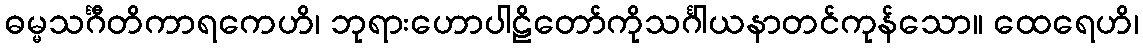
ဓမ္မသင်္ဂီတိကာရကေဟိ၊ ဘုရားဟောပါဠိတော်ကိုသင်္ဂါယနာတင်ကုန်သော။ ထေရေဟိ၊